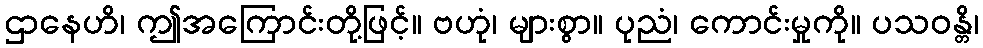
ဌာနေဟိ၊ ဤအကြောင်းတို့ဖြင့်။ ဗဟုံ၊ များစွာ။ ပုညံ၊ ကောင်းမှုကို။ ပသဝန္တိ၊